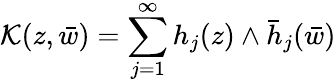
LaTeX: {\cal K}(z,\bar{w})=\sum_{j=1}^{\infty}h_{j}(z)\wedge\bar{h}_{j}(\bar{w})